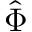
\hat { \Phi }